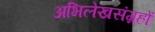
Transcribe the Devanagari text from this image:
अभिलेखसंग्रहों